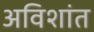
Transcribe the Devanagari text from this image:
अविशांत